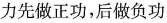
力先做正功，后做负功